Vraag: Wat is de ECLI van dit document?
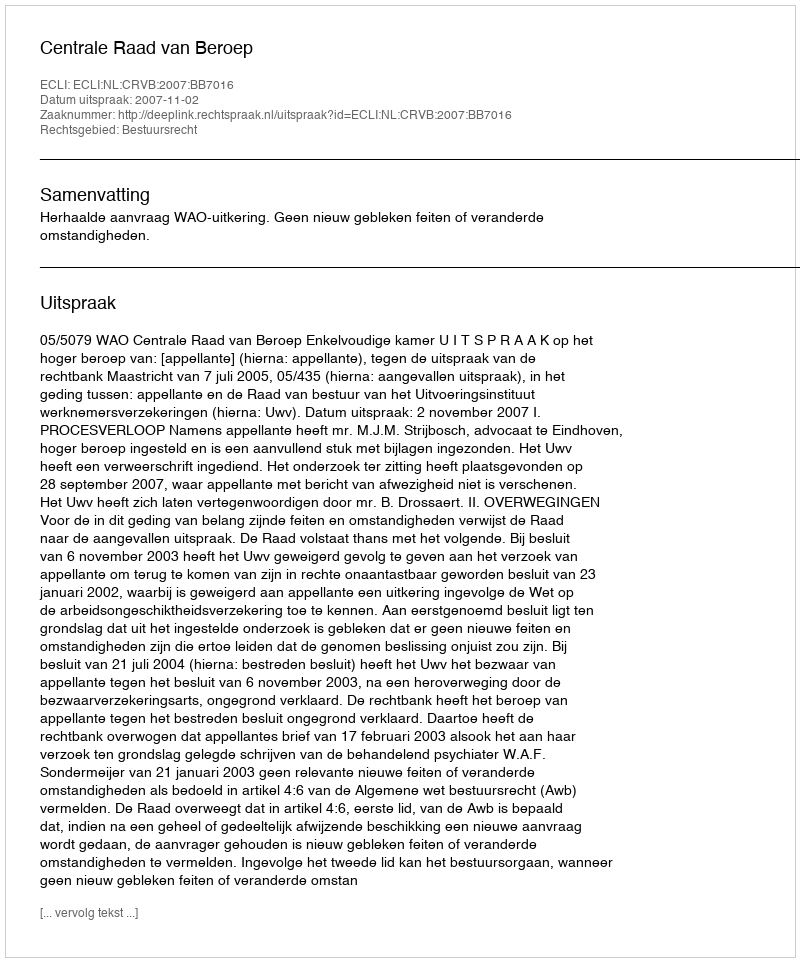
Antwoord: ECLI:NL:CRVB:2007:BB7016